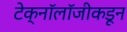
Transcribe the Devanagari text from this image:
टेक्नॉलॉजीकडून